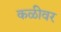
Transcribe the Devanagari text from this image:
कळीवर